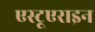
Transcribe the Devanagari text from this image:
एस्टूएराइन